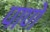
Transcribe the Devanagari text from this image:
पाणे